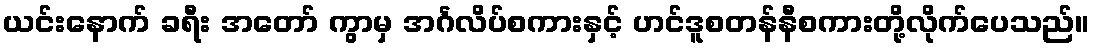
ယင်းနောက် ခရီး အတော် ကွာမှ အင်္ဂလိပ်စကားနှင့် ဟင်ဒူစတန်နီစကားတို့လိုက်ပေသည်။